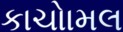
કાચોામલ